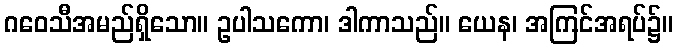
ဂဝေသီအမည်ရှိသော။ ဥပါသကော၊ ဒါကာသည်။ ယေန၊ အကြင်အရပ်၌။